Indian journal of veterinary science and animal husbandry - Volumes 15-17, 1948-1951
Year: 1948
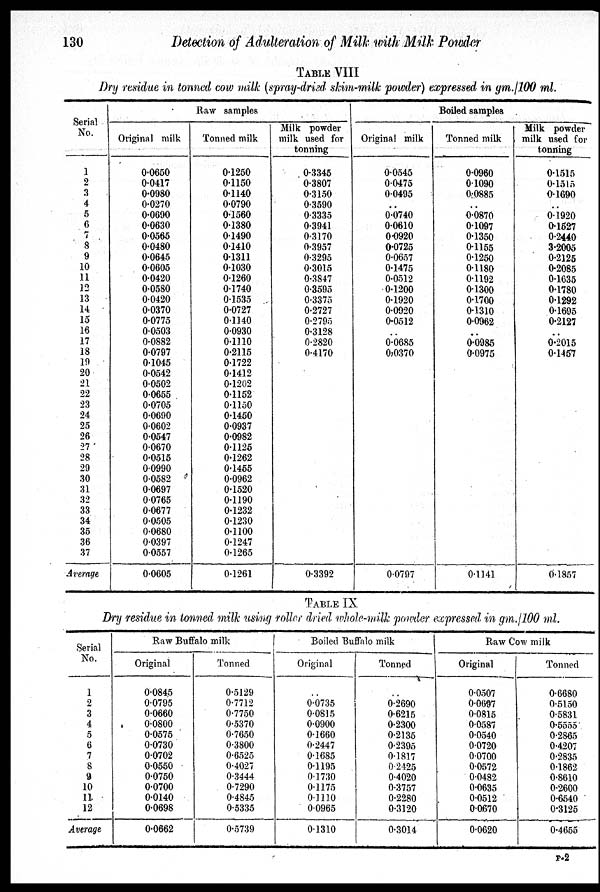
130
Detection of Adulteration of Milk with Milk Powder
TABLE VIII
Dry residue in tonned cow milk (spray-dried skim-milk powder) expressed in gm./100 ml.
Serial
No.
1
2
3
4
5
6
7
8
9
10
11
12
13
14
15
16
17
18
19
20
21
22
23
24
25
26
27
28
29
30
31
32
33
34
35
36
37
Average
Raw samples
Original milk
0.0650
0.0417
0.0980
0.0270
0.0690
0.0630
0.0565
0.0480
0.0645
0.0605
0.0420
0.0580
0.0420
0.0370
0.0775
0.0503
0.0882
0.0797
0.1045
0.0542
0.0502
0.0655
0.0705
0.0690
0.0602
0.0547
0.0670
0.0515
0.0990
0.0582
0.0697
0.0765
0.0677
0.0505
0.0680
0.0397
0.0557
0.0605
Tonned milk
0.1250
0.1150
0.1140
0.0790
0.1560
0.1380
0.1490
0.1410
0.1311
0.1030
0.1260
0.1740
0.1535
0.0727
0.1140
0.0930
0.1110
0.2116
0.1722
0.1412
0.1202
0.1152
0.1150
0.1450
0.0937
0.0982
0.1125
0.1262
0.1455
0.0962
0.1520
0.1190
0.1232
0.1230
0.1100
0.1247
0.1265
0.1261
Milk powder
milk used far
tonning
0.3345
0.3807
0.3150
0.3590
0.3335
0.3941
0.3170
0.3957
0.3295
0.3015
0.3847
0.3595
0.3375
0.2727
0.2795
0.3128
0.2820
0.4170
0.3392
Boiled samples
Original milk
0.0545
0.0475
0.0495
..
0.0740
0.0610
0.0920
0.0725
0.0657
0.1475
0.0512
0.1200
0.1920
0.0920
0.0512
..
0.0685
0.0370
0.0797
Tonned milk
0.0960
01090
0.0885
..
0.0870
0.1097
0.1350
0.1155
0.1250
0.1180
0.1192
0.1300
0.1700
0.1310
0.0962
..
0.0985
0.0975
0.1141
Milk powder
milk used for
tonning
0.1515
0.1515
0.1690
..
0.1920
0.1527
0.2440
3.2005
0.2125
0.2085
0.1635
0.1780
0.1292
0.1695
0.2127
..
0.2015
0.1457
0.1857
TABLE IX
Dry residue in tonned milk using roller dried whole-milk powder expressed in gm./100 ml.
Serial
No.
1
2
3
4
5
6
7
8
9
10
11
12
Average
Raw Buffalo milk
Original
0.0845
0.0795
0.0660
0.0800
0.0575
0.0730
0.0702
0.0550
0.0750
0.0700
0.0140
0.0698
0.0662
Tonned
0.5129
0.7712
0.7750
0.5370
0.7650
0.3800
0.6525
0.4027
0.3444
0.7290
0.4845
0.5335
0.5739
Boiled Buffalo milk
Original
. .
0.0735
0.0815
0.0900
0.1660
0.2447
0.1685
0.1195
0.1730
0.1175
0.1110
0.0965
0.1310
Tonned
. .
0.2690
0.6215
0.2300
0.2135
0.2395
0.1817
0.2425
0.4020
0.3757
0.2280
0.3120
0.3014
Raw Cow milk
Original
0.0507
0.0697
0.0815
0.0587
0.0540
0.0720
0.0700
0.0572
0.0482
0.0635
0.0512
0.0670
0.0620
Tonned
0.6680
0.5150
0.5831
0.5555
0.2865
0.4207
0.2835
0.1862
0.8610
0.2600
0.6540
0.3125
0.4655
P-2